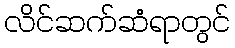
လိင်ဆက်ဆံရာတွင်